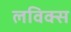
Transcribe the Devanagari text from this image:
लविक्स